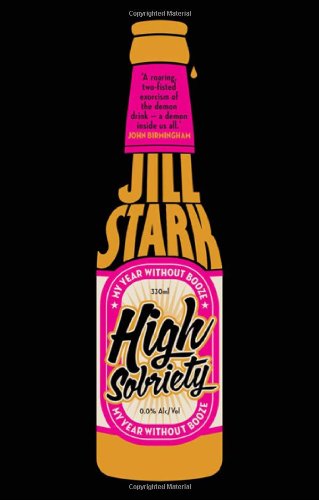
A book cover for High Sobriety: My Year Without Booze; Jill Stark; Biographies & Memoirs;